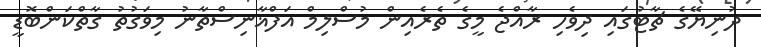
ދުނިޔޭގެ ޗާޓުގައި ދިވެހި ރާއްޖެ މީގެ ތެރެއިން މުސްލިމް އަފްޣާނިސްތާނު މިވަގުތު ގާތްކަންބޮޑީ